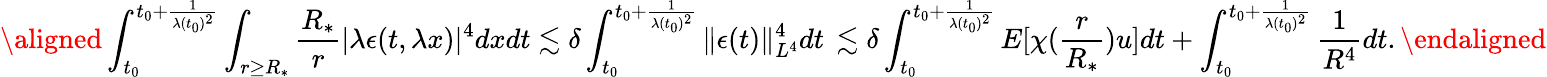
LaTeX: \aligned\int_{t_{0}}^{t_{0}+\frac{1}{\lambda(t_{0})^{2}}}\int_{r\geq R_{\ast}}\frac{R_{\ast}}{r}|\lambda\epsilon(t,\lambda x)|^{4}dxdt\lesssim\delta\int_{t_{0}}^{t_{0}+\frac{1}{\lambda(t_{0})^{2}}}\| \epsilon(t)\| _{L^{4}}^{4}dt\, \lesssim\delta\int_{t_{0}}^{t_{0}+\frac{1}{\lambda(t_{0})^{2}}}E[\chi(\frac{r}{R_{\ast}})u]dt+\int_{t_{0}}^{t_{0}+\frac{1}{\lambda(t_{0})^{2}}}\frac{1}{R^{4}}dt.\endaligned